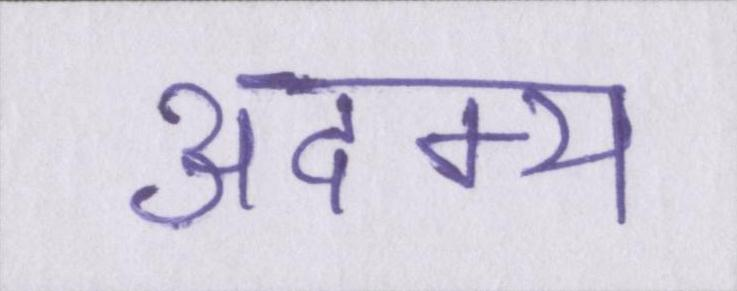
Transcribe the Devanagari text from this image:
अदम्य